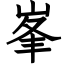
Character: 峯